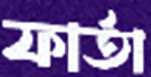
ফার্তা